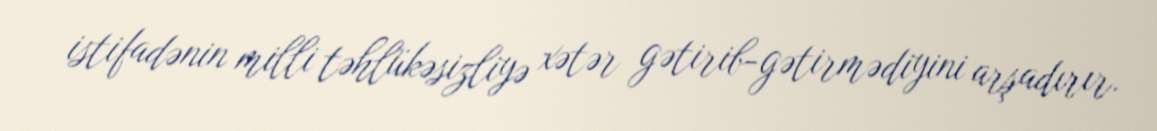
istifadənin milli təhlükəsizliyə xətər gətirib-gətirmədiyini arşadırır.